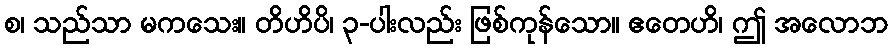
စ၊ သည်သာ မကသေး။ တိဟိပိ၊ ၃-ပါးလည်း ဖြစ်ကုန်သော။ ဧတေဟိ၊ ဤ အလောဘ